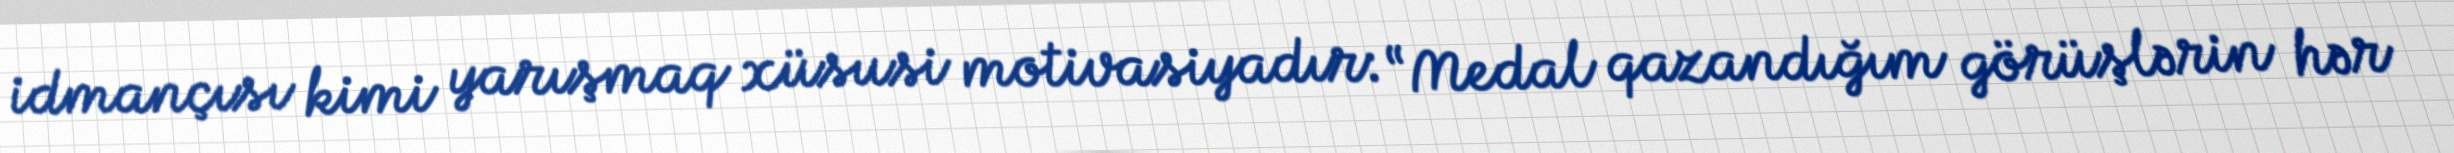
idmançısı kimi yarışmaq xüsusi motivasiyadır: “Medal qazandığım görüşlərin hər